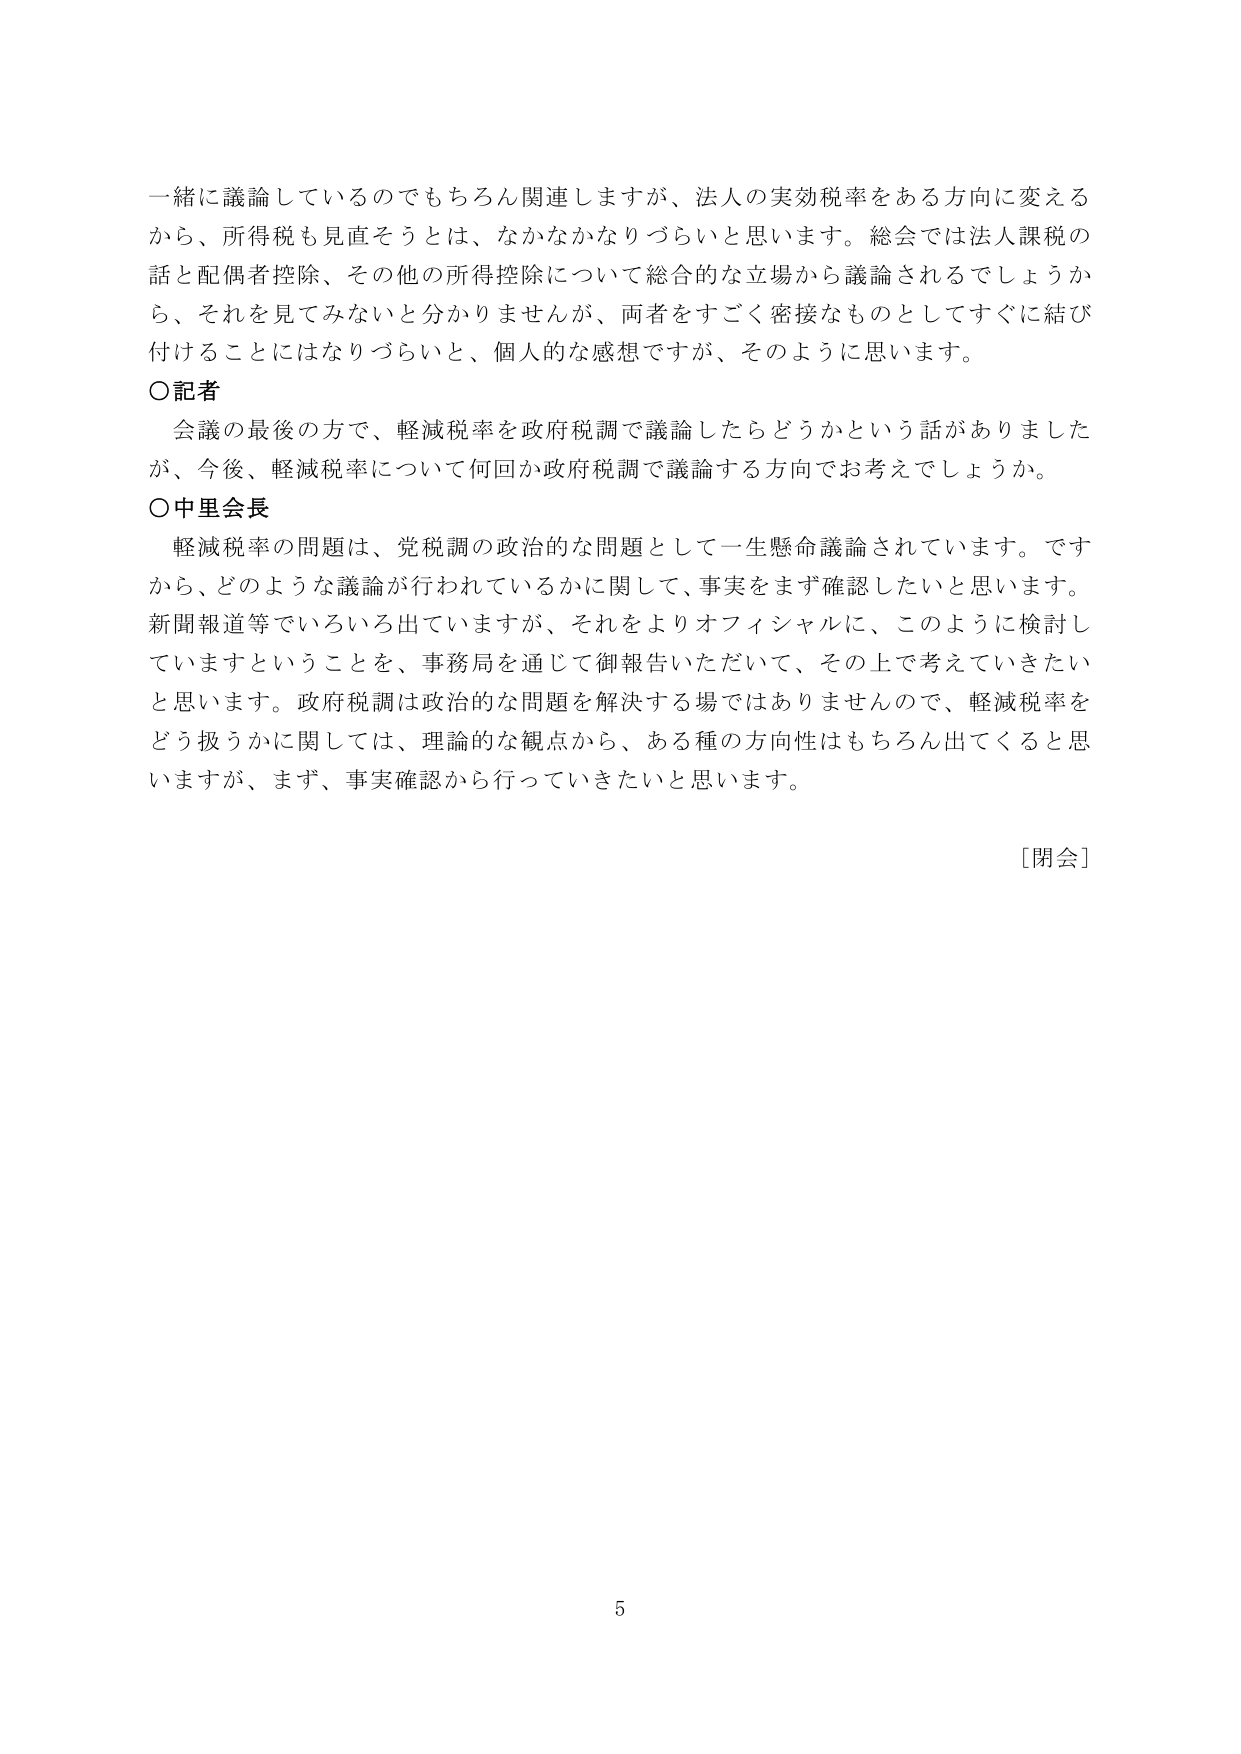
一緒に議論しているのでもちろん関連しますが、法人の実効税率をある方向に変える
から、所得税も見直そうとは、なかなかなりづらいと思います。総会では法人課税の
話と配偶者控除、その他の所得控除について総合的な立場から議論されるでしょうか
ら、それを見てみないと分かりませんが、両者をすごく密接なものとしてすぐに結び
付けることにはなりづらいと、個人的な感想ですが、そのように思います。
○記者
　会議の最後の方で、軽減税率を政府税調で議論したらどうかという話がありました
が、今後、軽減税率について何回か政府税調で議論する方向でお考えでしょうか。
○中里会長
　軽減税率の問題は、党税調の政治的な問題として一生懸命議論されています。です
から、どのような議論が行われているかに関して、事実をまず確認したいと思います。
新聞報道等でいろいろ出ていますが、それをよりオフィシャルに、このように検討し
ていますということを、事務局を通じて御報告いただいて、その上で考えていきたい
と思います。政府税調は政治的な問題を解決する場ではありませんので、軽減税率を
どう扱うかに関しては、理論的な観点から、ある種の方向性はもちろん出てくると思
いますが、まず、事実確認から行っていきたいと思います。
［閉会］
5